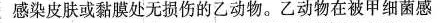
感染皮肤或黏膜处无损伤的乙动物。乙动物在被甲细菌感